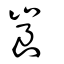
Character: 崀